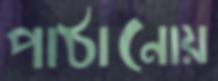
পাঠানোয়